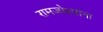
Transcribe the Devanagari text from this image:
रामजोश्यांना